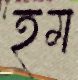
হম